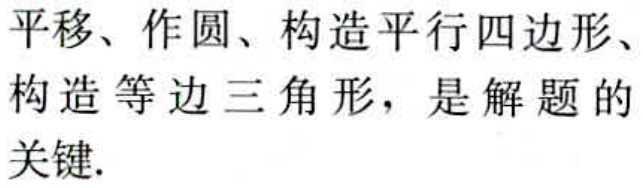
平移、作圆、构造平行四边形、构造等边三角形，是解题的关键.